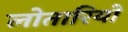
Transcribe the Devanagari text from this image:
लोतारियो